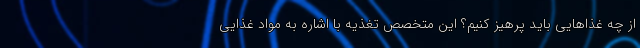
از چه غذاهایی باید پرهیز کنیم؟ این متخصص تغذیه با اشاره به مواد غذایی